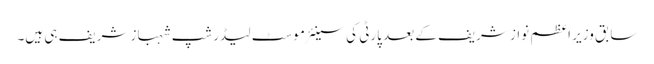
سابق وزیرِ اعظم نواز شریف کے بعد پارٹی کی سینئر موسٹ لیڈرشپ شہباز شریف ہی ہیں۔